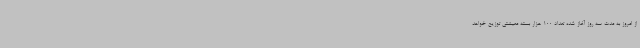
از امروز به مدت سه روز آغاز شده تعداد 100 هزار بسته معیشتی توزیع خواهد